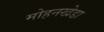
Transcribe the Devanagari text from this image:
मोहनखेडा